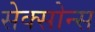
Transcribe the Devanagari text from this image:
सेक्सोन्स